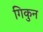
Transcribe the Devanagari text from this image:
गिकुन